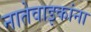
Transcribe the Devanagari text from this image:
नातेवाइकांना